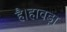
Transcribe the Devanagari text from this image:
है।हावड़ा